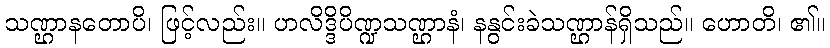
သဏ္ဌာနတောပိ၊ ဖြင့်လည်း။ ဟလိဒ္ဒိပိဏ္ဍသဏ္ဌာနံ၊ နနွင်းခဲသဏ္ဌာန်ရှိသည်။ ဟောတိ၊ ၏။